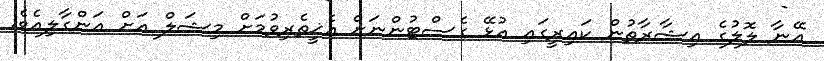
އޭނާ ލޮލުގެ އިޝާރާތުން ކައިރީގައި އުޅޭ ގެސްޓުންނަށް އެޚީތެރިވުމަށް މިޝަލް އަށް އަންގާލިއެވެ.